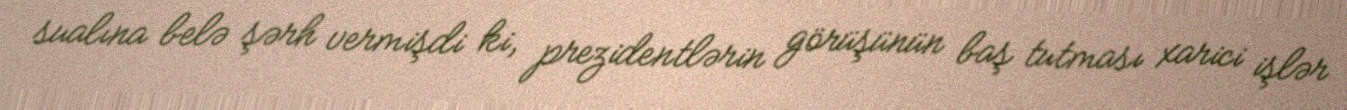
sualına belə şərh vermişdi ki, prezidentlərin görüşünün baş tutması xarici işlər